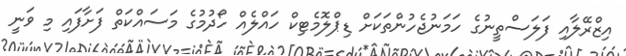
އިޒްރޭލާއި ފަލަސްތީނުގެ ހަމަނުޖެހުންތަކަށް ޑިޕްލޮމެޓިކް ހައްލެއް ހޯދުމުގެ މަސައްކަތް ފަށާފައި މި ވަނީ